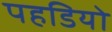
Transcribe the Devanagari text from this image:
पहडियो